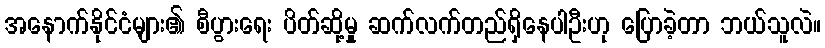
အနောက်နိုင်ငံများ၏ စီပွားရေး ပိတ်ဆို့မှု ဆက်လက်တည်ရှိနေပါဦးဟု ပြောခဲ့တာ ဘယ်သူလဲ။